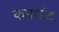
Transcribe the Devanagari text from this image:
कमांडंट